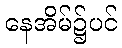
နေအိမ်၌ပင်